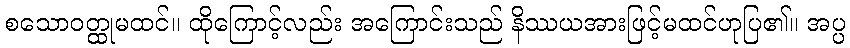
စသောဝတ္ထုမထင်။ ထိုကြောင့်လည်း အကြောင်းသည် နိဿယအားဖြင့်မထင်ဟုပြ၏။ အပ္ပ